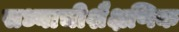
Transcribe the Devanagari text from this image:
सध्याचीशैक्षणिक